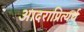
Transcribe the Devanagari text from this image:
आदराप्रित्यर्थ